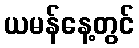
ယမန်နေ့တွင်